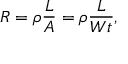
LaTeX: R = \rho { \frac { L } { A } } = \rho { \frac { L } { W t } } ,